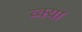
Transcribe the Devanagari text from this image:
व्क्या